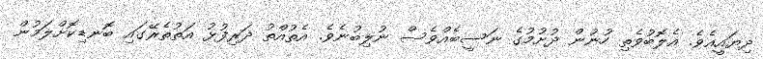
ދިޔައީއެވެ. އެލޮބުވެތި ހުނުން ދުށުމުގެ ނަސީބެއްވެސް ނުލިބުނެވެ. އެތުއްތު ދަރިފުޅު އަތުތެރޭގައި ބޮނޑިކޮށްލަމުން